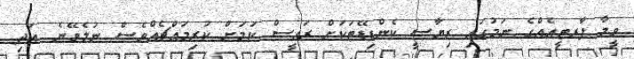
ވީމާ ޕާރޓީއެއްްގެ ނަމުގައި ރިޔާސީ ކެންޑިޑޭޓަކަށް ރައީސް ކަމަށް ކުރިމައްޗެއްވެސް ނުލެވޭނެ. އަދި